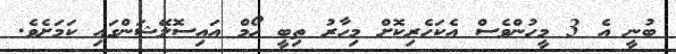
ބުނީ އެ 3 މީހުންވެސް އެކަހެރިކޮށް މިހާރު ތިބީ ހޯމް އައިސޮލޭޝަންގައި ކަމަށެވެ.